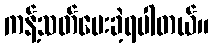
ကန့်သတ်ပေးခဲ့ရပါတယ်။